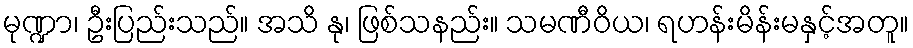
မုဏ္ဍာ၊ ဦးပြည်းသည်။ အသိ နု၊ ဖြစ်သနည်း။ သမဏီဝိယ၊ ရဟန်းမိန်းမနှင့်အတူ။